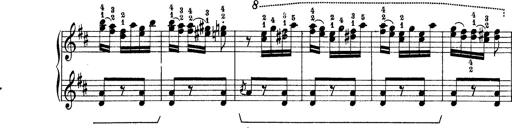
Title: Rapsodie: 19 ungheresi, 1 spagnuola
Composer: Franz Liszt